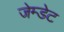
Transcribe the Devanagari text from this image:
जेम्डेट